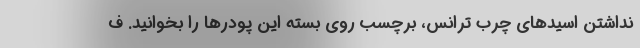
نداشتن اسیدهای چرب ترانس، برچسب روی بسته این پودرها را بخوانید. ف